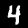
Digit: 4